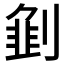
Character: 𱐣